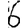
Digit: 6